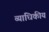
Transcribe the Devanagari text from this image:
व्याधिकीय